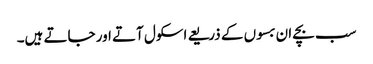
سب بچے ان بسوں کے ذریعے اسکول آتے اور جاتے ہیں۔